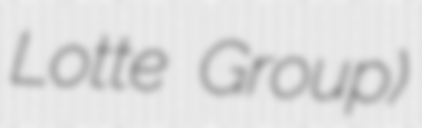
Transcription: Lotte Group)